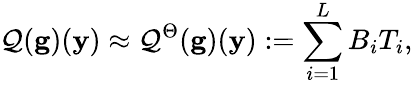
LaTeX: \mathcal{Q}(\mathbf{g})(\mathbf{y})\approx\mathcal{Q}^{\Theta}(\mathbf{g})(\mathbf{y}):=\sum_{i=1}^{L}B_{i}T_{i},